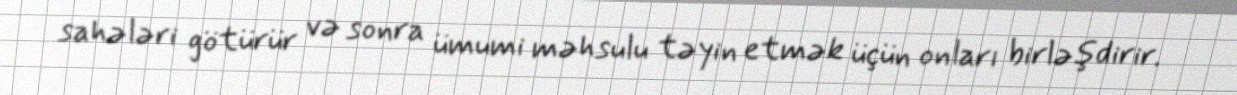
sahələri götürür və sonra ümumi məhsulu təyin etmək üçün onları birləşdirir.